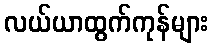
လယ်ယာထွက်ကုန်များ